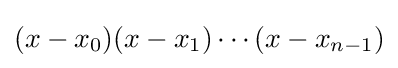
(x-x_{0})(x-x_{1})\cdots (x-x_{n-1})